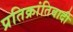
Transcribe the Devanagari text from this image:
प्रतिक्रांतिवादी